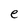
Character: e